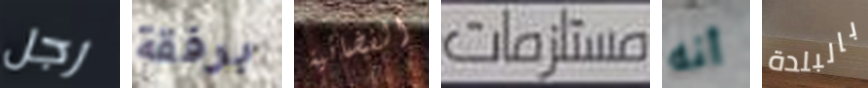
رجل برفقة الفضائية مستلزمات أنه بالبلدة